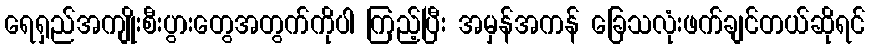
ရေရှည်အကျိုးစီးပွားတွေအတွက်ကိုပါ ကြည့်ပြီး အမှန်အကန် ခြေသလုံးဖက်ချင်တယ်ဆိုရင်